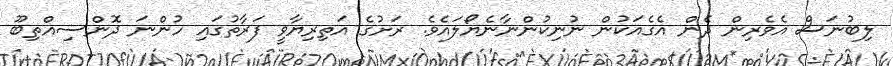
ލިބުނަސް އެވެރިން ދެން އެގެއަކުން ނުނިކުންނާނެޔޯލައެވެ. ރަށުގެ އަތިރިޔާވީ ފަރާތުގައި ހުންނަ ދޮންސިއްތިބޫ